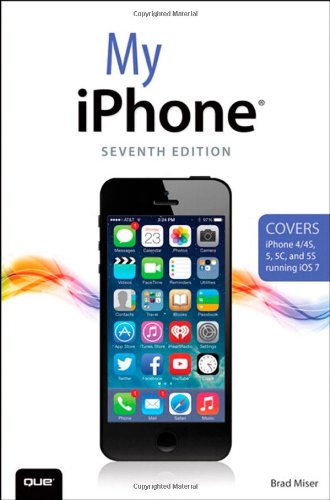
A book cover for My iPhone (Covers iPhone 4/4S, 5/5C and 5S running iOS 7) (7th Edition); Brad Miser; Computers & Technology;